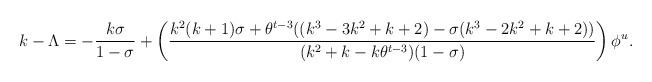
\begin{align*}k-\Lambda=-\frac{k\sigma}{1-\sigma}+\left( \frac{k^2(k+1)\sigma +\theta^{t-3}((k^3-3k^2+k+2)-\sigma(k^3-2k^2+k+2))}{(k^2+k-k\theta^{t-3})(1-\sigma)}\right) \phi^u.\end{align*}